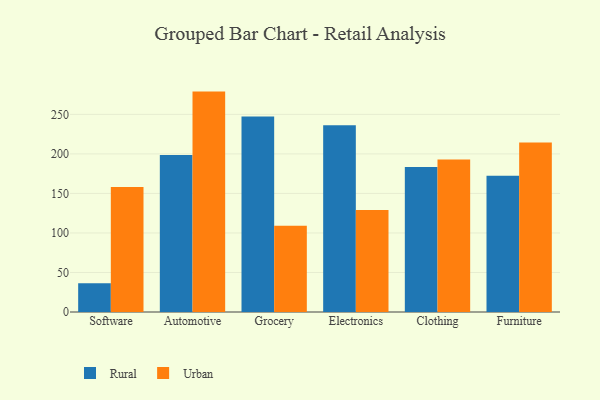
{"axis": {"x": "Category", "y": "Humidity (%)"}, "legend": ["Rural", "Urban"], "data": [{"x": "Software", "y": 36.5, "type": "Rural"}, {"x": "Software", "y": 158.0, "type": "Urban"}, {"x": "Automotive", "y": 198.6, "type": "Rural"}, {"x": "Automotive", "y": 278.8, "type": "Urban"}, {"x": "Grocery", "y": 247.2, "type": "Rural"}, {"x": "Grocery", "y": 109.0, "type": "Urban"}, {"x": "Electronics", "y": 236.2, "type": "Rural"}, {"x": "Electronics", "y": 128.9, "type": "Urban"}, {"x": "Clothing", "y": 183.3, "type": "Rural"}, {"x": "Clothing", "y": 192.9, "type": "Urban"}, {"x": "Furniture", "y": 172.5, "type": "Rural"}, {"x": "Furniture", "y": 214.5, "type": "Urban"}]}